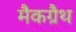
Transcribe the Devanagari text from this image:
मैकग्रैथ